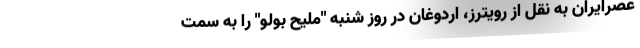
عصرایران به نقل از رویترز، اردوغان در روز شنبه "ملیح بولو" را به سمت